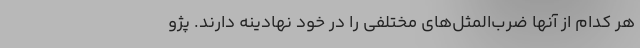
هر کدام از آنها ضرب‌المثل‌های مختلفی را در خود نهادینه دارند. پژو